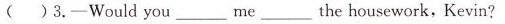
( )3.-Would you___me ___the housework, Kevin?